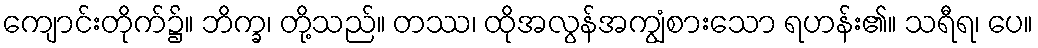
ကျောင်းတိုက်၌။ ဘိက္ခ၊ တို့သည်။ တဿ၊ ထိုအလွန်အကျွံစားသော ရဟန်း၏။ သရီရ၊ ပေ။